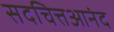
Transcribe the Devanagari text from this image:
सदचित्तआनंद